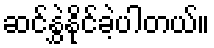
ဆင်နွှဲနိုင်ခဲ့ပါတယ်။